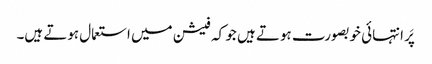
پَر انتہائی خوبصورت ہوتے ہیں جو کہ فیشن میں استعمال ہوتے ہیں۔